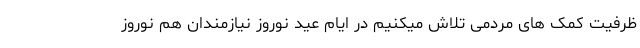
ظرفیت کمک های مردمی تلاش میکنیم در ایام عید نوروز نیازمندان هم نوروز